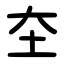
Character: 圶